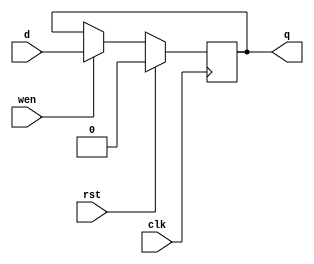
// Gokul's D-flipflop

module dff (q, d, wen, clk, rst);

    output         q; //DFF output
    input          d; //DFF input
    input 	   wen; //Write Enable
    input          clk; //Clock
    input          rst; //Reset (used synchronously)

    reg            state;

    assign q = state;

    always @(posedge clk) begin
      state = rst ? 0 : (wen ? d : state);
    end

endmodule